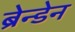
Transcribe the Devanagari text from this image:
ब्रेन्डेन